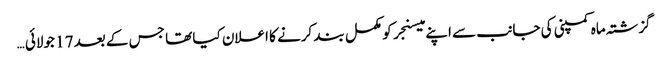
گزشتہ ماہ کمپنی کی جانب سے اپنے میسنجر کو مکمل بند کرنے کا اعلان کیا تھا جس کے بعد 17 جولائی …